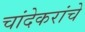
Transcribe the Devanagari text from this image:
चांदेकरांचे